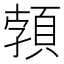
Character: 𩓐